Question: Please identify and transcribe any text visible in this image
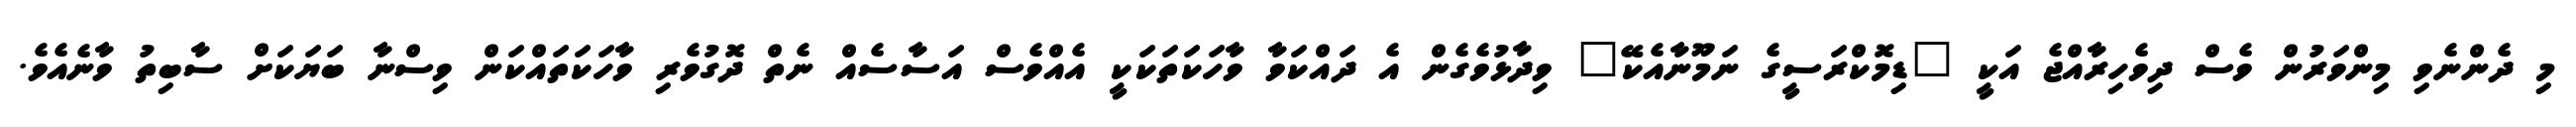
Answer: މި ދެންނެވި މިންވަރުން ވެސް ދިވެހިރާއްޖެ އަކީ "ޑިމޮކްރަސީގެ ނަމޫނާއެކޭ" ވިދާޅުވެގެން އެ ދައްކަވާ ވާހަކަތަކަކީ އެއްވެސް އަސާސެއް ނެތް ދޮގުވެރި ވާހަކަތައްކަން ވިސްނާ ބަޔަކަށް ސާބިތު ވާނެއެވެ.